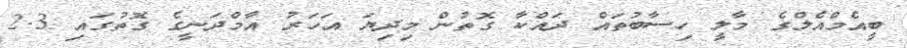
ބީއެމްއެލްގެ މާލީ ހިސާބުތައް ދައްކާ ގޮތުން މިދިޔަ އަހަރު އާމްދަނީގެ ގޮތުގައި 2.3